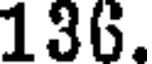
136.